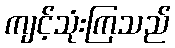
ကျင့်သုံးကြသည်